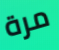
مرة